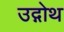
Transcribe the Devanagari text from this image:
उद्गोथ